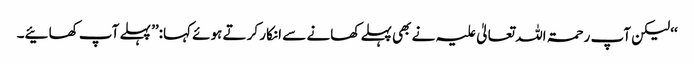
‘‘ لیکن آپ رحمۃ اللہ تعالیٰ علیہ نے بھی پہلے کھانے سے انکار کر تے ہوئے کہا:’’ پہلے آپ کھائیے۔